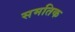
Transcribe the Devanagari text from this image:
समतिक